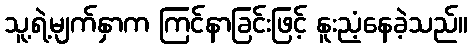
သူ့ရဲ့မျက်နှာက ကြင်နာခြင်းဖြင့် နူးညံ့နေခဲ့သည်။